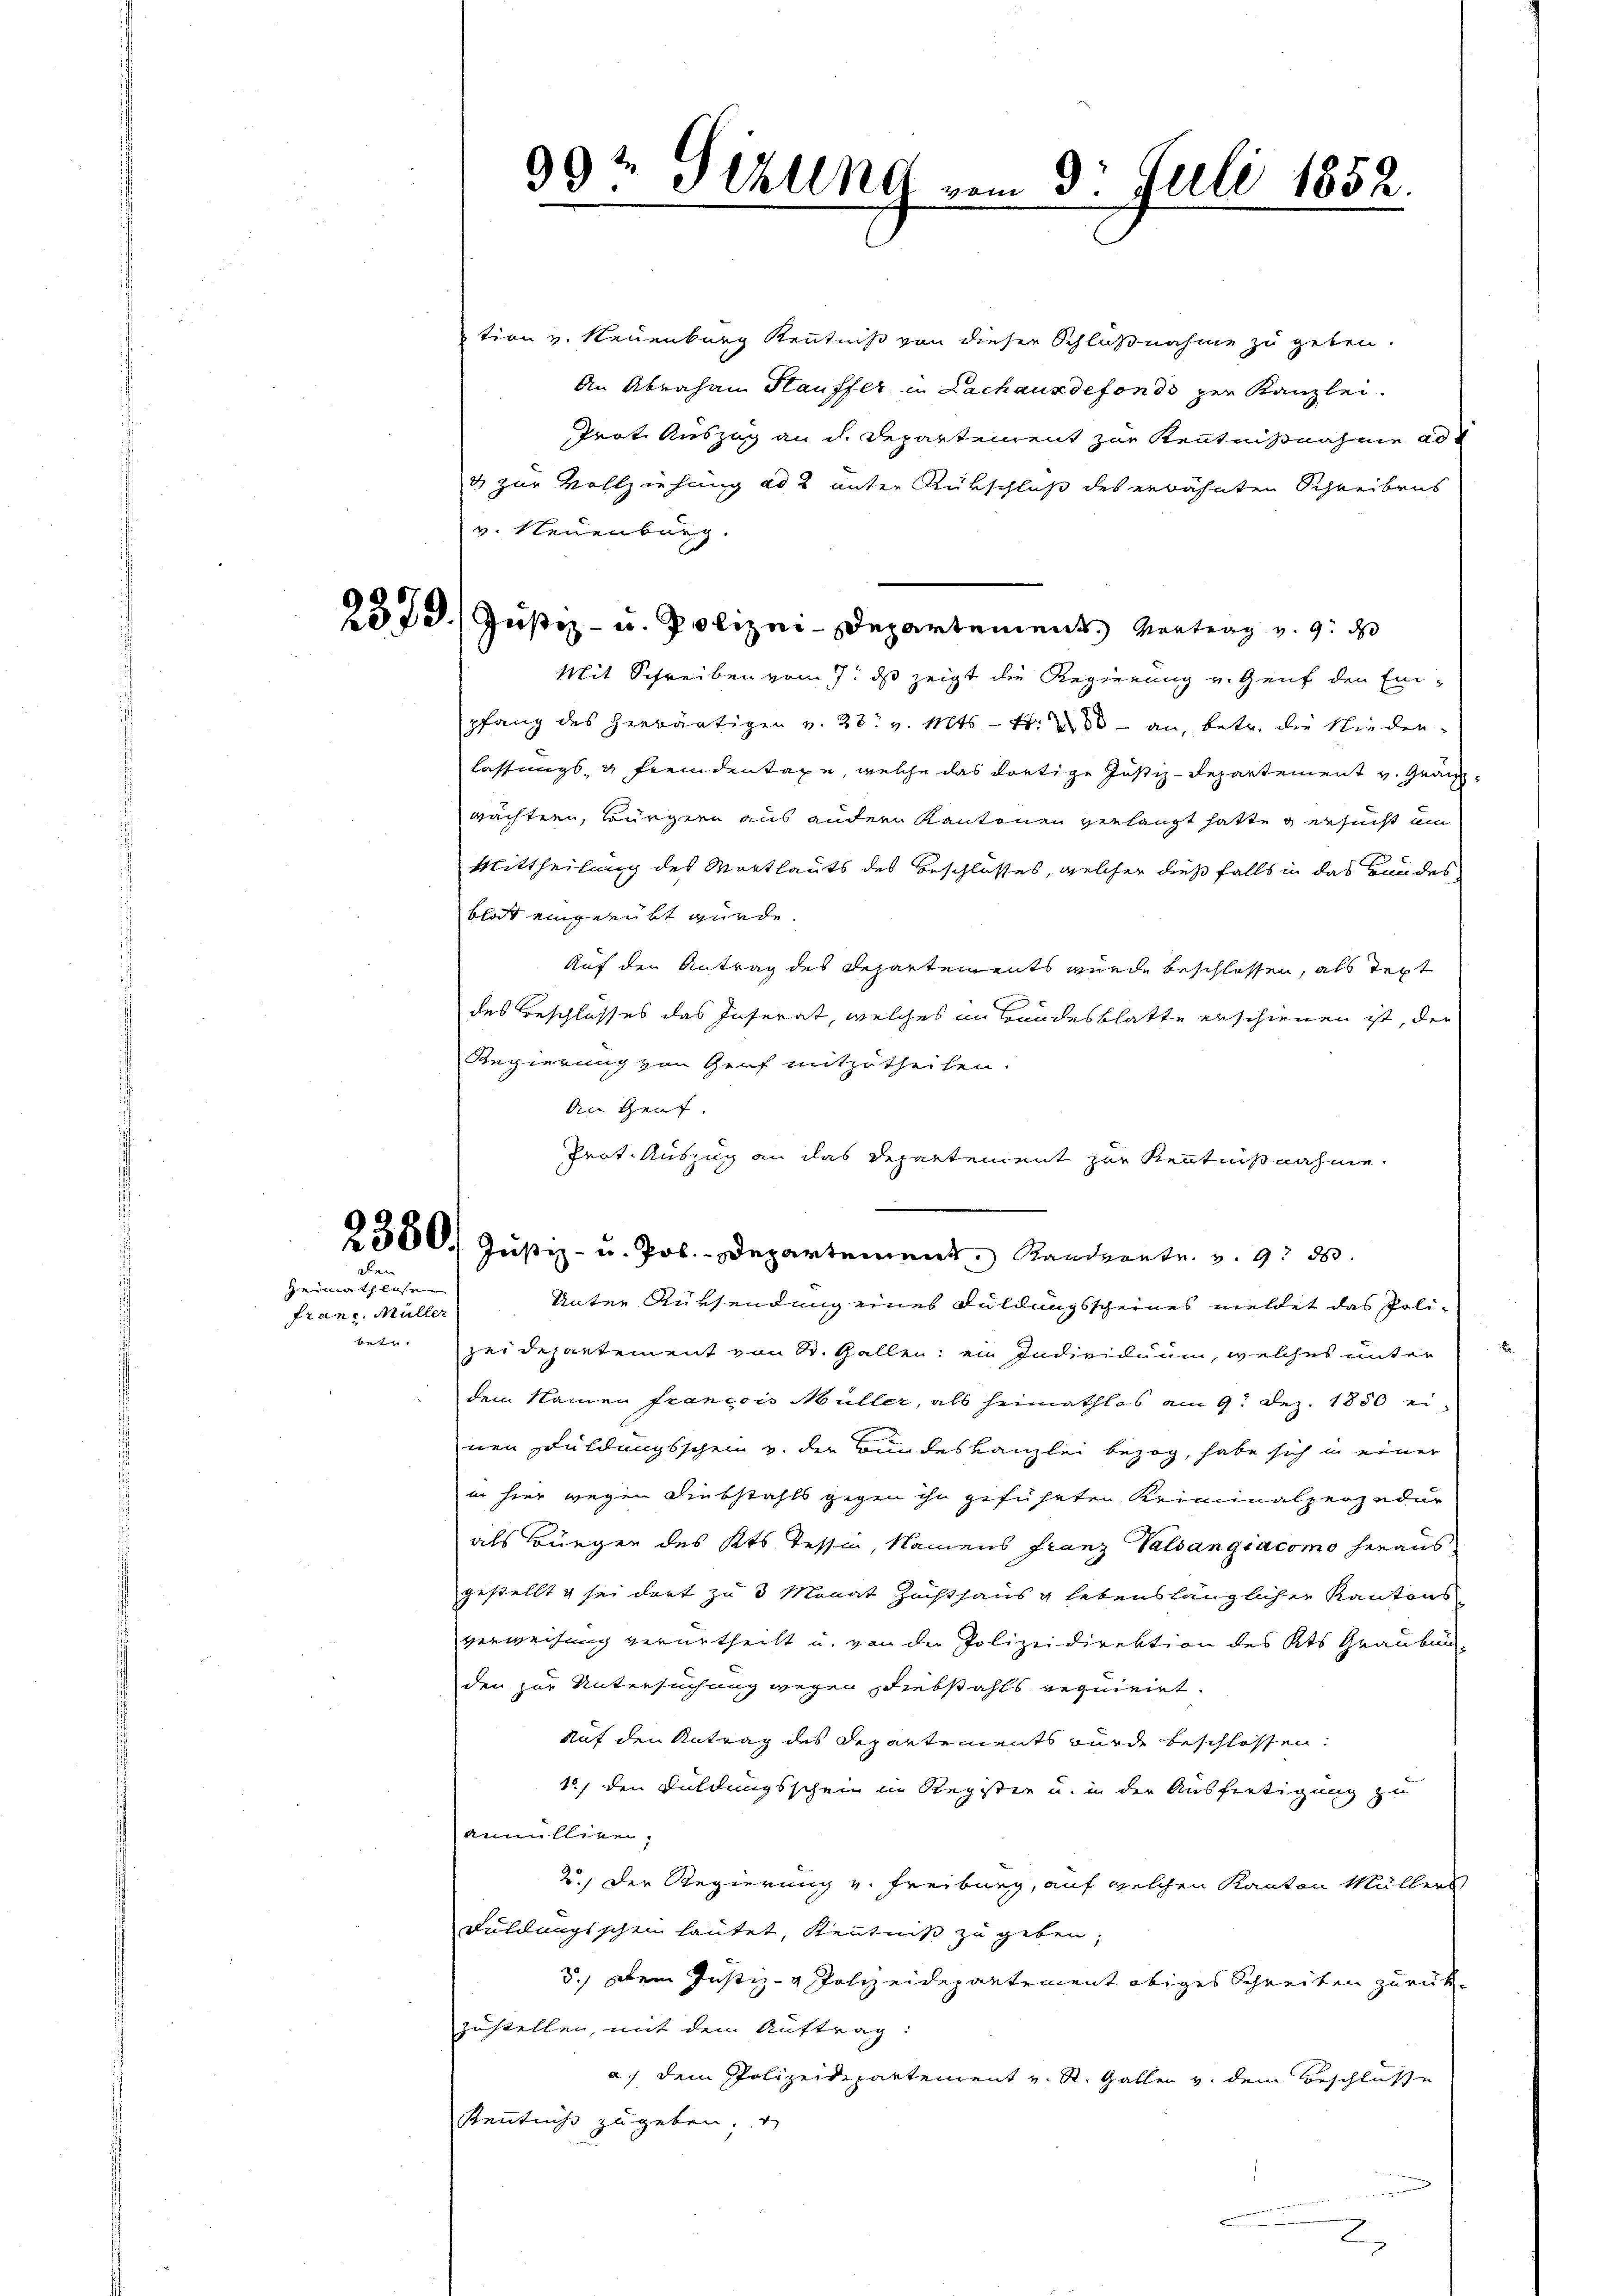
Dei

Heimath lasen
franc. Müller

.
99te Schling vom 3. Juli 1852.

tion v. Neuenburg Kenntniß von dieser Schlußnahme zu geben.
An Abraham Hauffer in Lachausdefonds zur Kanzlei.
Prot. Auszug an dh. Departement zur Kenntnißnahme ad
4 zur Vollziehung ad 2 unter Rükschluß des erwähnten Schreibens
v. Neuenburg.
Mit Schreiben vom 7. ds zeigt die Regierung v. Genf den Ein-
pfang des herwärtigen v. 28. v. Mts. - Fr. 200 - an, betr. die Nieder-
lassungs- & Fremdentage, welche das dortige Justiz-Departement v. Grauwachtern, Bürgern aus andern Kantonen verlangt hatte versucht um
Mittheilung des Mortlauts des Beschlusses, welcher dießfalls in das Bundes
blat eingerübt würde.
Auf den Antrag des Departements wurde beschlossen, als Text
des Beschlosses das Inserat, welches im Bandesblatte erschienen ist, der
Regierung von Genf mitzutheilen.
An Genf.
Prot. Auszug an das Departement zur Kenntnißnahme.
2380. Jŭstiz- u. Jos. Departement Standsantr. v. 9. 20.
Unter Rüksendung eines Duldungsscheines meldet das Polibetr. Heidepartement von St. Gallen; ein Individuum, welches unter
dem Namen francois Müller, als heimathlos am 9. Dez. 1850 ei-
nen Duldungsschein v. der Bundeskanzlei bezog, habe sich in einer
in hier wegen Diebstahls gegen ihn geführten Reiminalperzedur
als Bürger des Kts. Tessin, Namens franz Valsangiacomo heraus
gestellt & sei dort zu 3 Monat Zuchthaus g lebenslänglicher Kantons
verweisung verurtheilt u. von der Polizeidirektion des Kts Graubun-
den zur Untersuchung wegen Diebstahls requiert.
Auf den Antrag des Departements wurde beschlossen:
1., den Duldungsschein in Register u. in der Ausfertigung zu
annulliren,
2.) Der Regierung v. Freiburg, auf welchen Kanton Müllers
Duldungsschein lautet, Kenntniß zu geben,
5.) Dein Justiz- & Polizeidepartement obiges Schreiben zurückzustellen, mit dem Auftrag:
a. dem Polizeidepartement u. St. Gallen v. dem Beschlusse
Kenntniß zu geben,
un

2523. Justiz- u. Polizei-Departement Kontrag v. 9. d